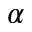
\alpha